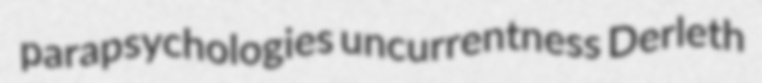
parapsychologies uncurrentness Derleth